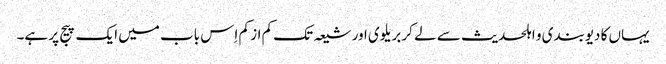
یہاں کا دیوبندی و اہلحدیث سے لے کر بریلوی اور شیعہ تک کم از کم اِس باب میں ایک پیج پر ہے۔